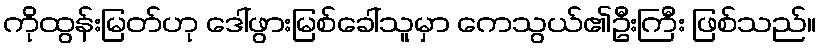
ကိုထွန်းမြတ်ဟု ဒေါ်ဖွားမြစ်ခေါ်သူမှာ ကေသွယ်၏ဦးကြီး ဖြစ်သည်။